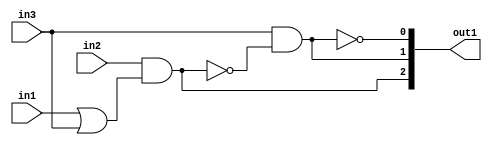
`timescale 1ps / 1ps
/*****************************************************************************
    Verilog RTL Description
    
    
    Created by: Stratus DpOpt 2019.1.01 
*******************************************************************************/

module SobelFilter_gen_busy_r_4 (
	in1,
	in2,
	in3,
	out1
	); /* architecture "behavioural" */ 
input  in1,
	in2,
	in3;
output [2:0] out1;
wire  asc004,
	asc005,
	asc007,
	asc009;
wire [2:0] asc010;

assign asc005 = 
	(in1)
	|(in3);

assign asc004 = 
	(in2)
	&(asc005);

assign asc007 = 
	(in3)
	&((~asc004));

assign asc009 = 
	((~asc007));

assign asc010 = {asc004,asc007,asc009};

assign out1 = asc010;
endmodule

/* CADENCE  v7D0TQ8= : u9/ySgnWtBlWxVPRXgAZ4Og= ** DO NOT EDIT THIS LINE ******/